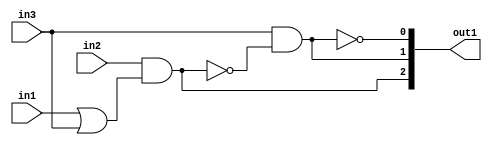
`timescale 1ps / 1ps
/*****************************************************************************
    Verilog RTL Description
    
    
    Created by: Stratus DpOpt 2019.1.01 
*******************************************************************************/

module SobelFilter_gen_busy_r_4 (
	in1,
	in2,
	in3,
	out1
	); /* architecture "behavioural" */ 
input  in1,
	in2,
	in3;
output [2:0] out1;
wire  asc004,
	asc005,
	asc007,
	asc009;
wire [2:0] asc010;

assign asc005 = 
	(in1)
	|(in3);

assign asc004 = 
	(in2)
	&(asc005);

assign asc007 = 
	(in3)
	&((~asc004));

assign asc009 = 
	((~asc007));

assign asc010 = {asc004,asc007,asc009};

assign out1 = asc010;
endmodule

/* CADENCE  v7D0TQ8= : u9/ySgnWtBlWxVPRXgAZ4Og= ** DO NOT EDIT THIS LINE ******/